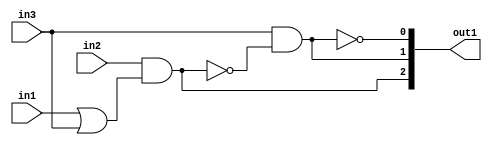
`timescale 1ps / 1ps
/*****************************************************************************
    Verilog RTL Description
    
    
    Created by: Stratus DpOpt 2019.1.01 
*******************************************************************************/

module SobelFilter_gen_busy_r_4 (
	in1,
	in2,
	in3,
	out1
	); /* architecture "behavioural" */ 
input  in1,
	in2,
	in3;
output [2:0] out1;
wire  asc004,
	asc005,
	asc007,
	asc009;
wire [2:0] asc010;

assign asc005 = 
	(in1)
	|(in3);

assign asc004 = 
	(in2)
	&(asc005);

assign asc007 = 
	(in3)
	&((~asc004));

assign asc009 = 
	((~asc007));

assign asc010 = {asc004,asc007,asc009};

assign out1 = asc010;
endmodule

/* CADENCE  v7D0TQ8= : u9/ySgnWtBlWxVPRXgAZ4Og= ** DO NOT EDIT THIS LINE ******/